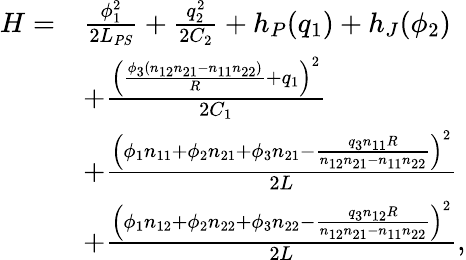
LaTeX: \begin{array}{rl}{H=}&{\frac{\phi_{1}^{2}}{2L_{\mathit{PS}}}+\frac{q_{2}^{2}}{2C_{2}}+h_{P}(q_{1})+h_{J}(\phi_{2})}\\ &{+\frac{{\left(\frac{\phi_{3}(n_{12}n_{21}-n_{11}n_{22})}{R}+q_{1}\right)}^{2}}{2C_{1}}}\\ &{+\frac{{\left(\phi_{1}n_{11}+\phi_{2}n_{21}+\phi_{3}n_{21}-\frac{q_{3}n_{11}R}{n_{12}n_{21}-n_{11}n_{22}}\right)}^{2}}{2L}}\\ &{+\frac{{\left(\phi_{1}n_{12}+\phi_{2}n_{22}+\phi_{3}n_{22}-\frac{q_{3}n_{12}R}{n_{12}n_{21}-n_{11}n_{22}}\right)}^{2}}{2L},}\end{array}